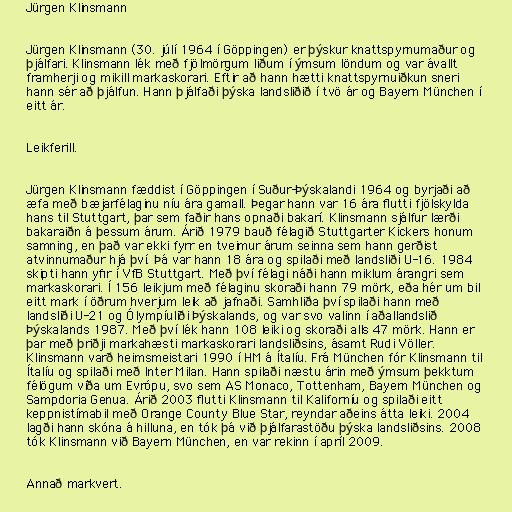
Jürgen Klinsmann

Jürgen Klinsmann (30. júlí 1964 í Göppingen) er þýskur knattspyrnumaður og
þjálfari. Klinsmann lék með fjölmörgum liðum í ýmsum löndum og var ávallt
framherji og mikill markaskorari. Eftir að hann hætti knattspyrnuiðkun sneri
hann sér að þjálfun. Hann þjálfaði þýska landsliðið í tvö ár og Bayern München í
eitt ár.

Leikferill.

Jürgen Klinsmann fæddist í Göppingen í Suður-Þýskalandi 1964 og byrjaði að
æfa með bæjarfélaginu níu ára gamall. Þegar hann var 16 ára flutti fjölskylda
hans til Stuttgart, þar sem faðir hans opnaði bakarí. Klinsmann sjálfur lærði
bakaraiðn á þessum árum. Árið 1979 bauð félagið Stuttgarter Kickers honum
samning, en það var ekki fyrr en tveimur árum seinna sem hann gerðist
atvinnumaður hjá því. Þá var hann 18 ára og spilaði með landsliði U-16. 1984
skipti hann yfir í VfB Stuttgart. Með því félagi náði hann miklum árangri sem
markaskorari. Í 156 leikjum með félaginu skoraði hann 79 mörk, eða hér um bil
eitt mark í öðrum hverjum leik að jafnaði. Samhliða því spilaði hann með
landsliði U-21 og Ólympíuliði Þýskalands, og var svo valinn í aðallandslið
Þýskalands 1987. Með því lék hann 108 leiki og skoraði alls 47 mörk. Hann er
þar með þriðji markahæsti markaskorari landsliðsins, ásamt Rudi Völler.
Klinsmann varð heimsmeistari 1990 í HM á Ítalíu. Frá München fór Klinsmann til
Ítalíu og spilaði með Inter Milan. Hann spilaði næstu árin með ýmsum þekktum
félögum víða um Evrópu, svo sem AS Monaco, Tottenham, Bayern München og
Sampdoria Genua. Árið 2003 flutti Klinsmann til Kaliforníu og spilaði eitt
keppnistímabil með Orange County Blue Star, reyndar aðeins átta leiki. 2004
lagði hann skóna á hilluna, en tók þá við þjálfarastöðu þýska landsliðsins. 2008
tók Klinsmann við Bayern München, en var rekinn í apríl 2009.

Annað markvert.